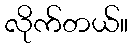
လိုက်တယ်။